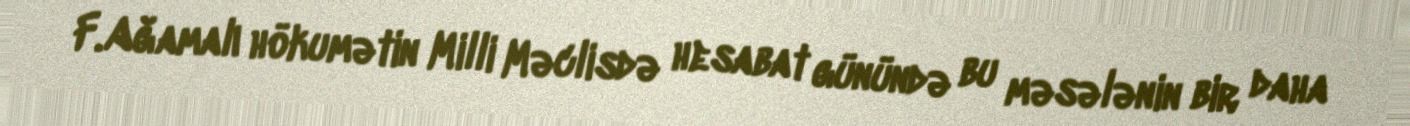
F.Ağamalı hökumətin Milli Məclisdə hesabat günündə bu məsələnin bir daha